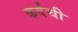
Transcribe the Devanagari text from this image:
कर्वची